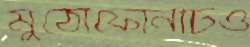
মুঠোফোনটিও